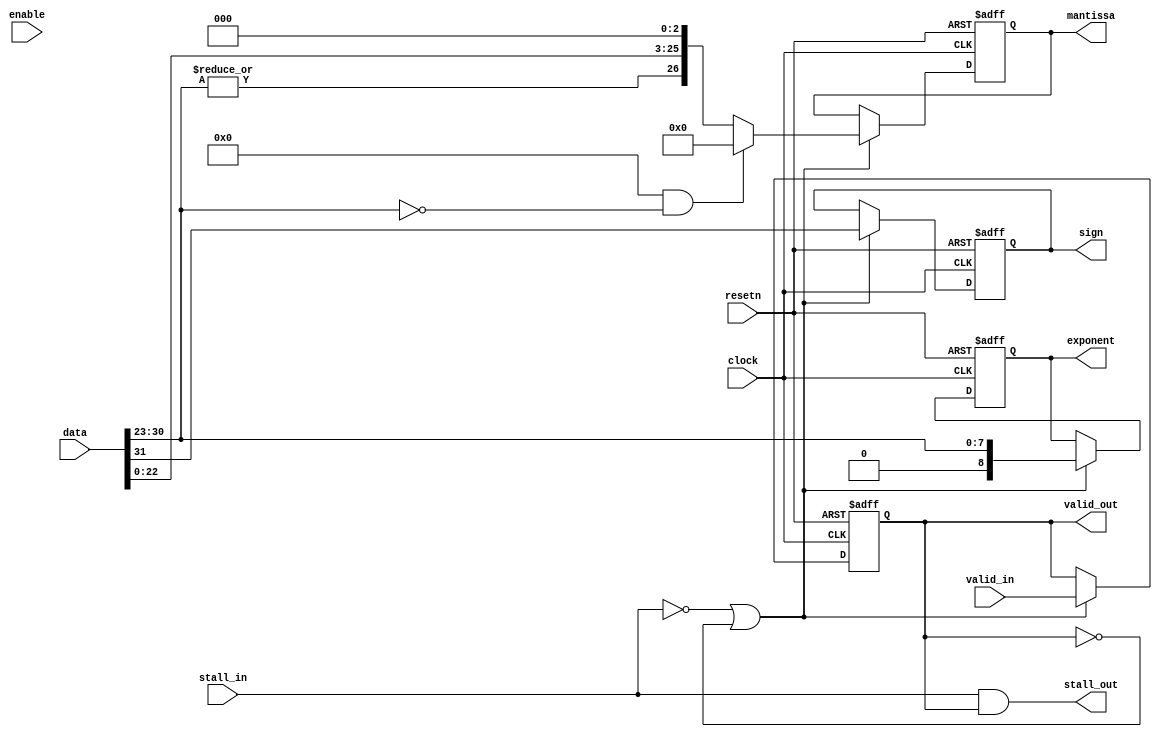
module acl_fp_convert_to_internal(clock, resetn, data, mantissa, exponent, sign, valid_in, valid_out, stall_in, stall_out, enable);
  // This module converts an IEEE 754 floating-point number representation to
  // internal format represented as 27-bit mantissa, 9 bit exponent and a sign.
  parameter HIGH_CAPACITY = 1;
  parameter HIGH_LATENCY = 1;
  parameter FLUSH_DENORMS = 0;
  parameter FINITE_MATH_ONLY = 1;    
  
  input clock, resetn;
  input [31:0] data;
  output [26:0] mantissa;
  output [8:0] exponent;
  output sign;
  
  input enable, valid_in, stall_in;
  output valid_out, stall_out;
  
  (* altera_attribute = "-name auto_shift_register_recognition OFF" *) reg c1_valid;
  wire c1_enable;
  wire c1_stall;
  
  // Cycle 1 - Convert from 32-bit representation to internal format
  assign c1_enable = (HIGH_CAPACITY ? (~c1_stall | ~c1_valid) : enable);
  assign stall_out = c1_stall & c1_valid;
  
  (* altera_attribute = "-name auto_shift_register_recognition OFF" *) reg [26:0] c1_mantissa;
  (* altera_attribute = "-name auto_shift_register_recognition OFF" *) reg [8:0] c1_exponent;
  (* altera_attribute = "-name auto_shift_register_recognition OFF" *) reg c1_sign;
  
  generate
  if (HIGH_LATENCY == 1)
  begin 
    always @(posedge clock or negedge resetn)
    begin
      if (~resetn)
      begin
        c1_mantissa <= 27'dx;
        c1_exponent <= 9'dx;
        c1_sign <= 1'bx;
        c1_valid  <= 1'b0;
      end
      else if (c1_enable)
      begin
        c1_valid <= valid_in;
        if ((FLUSH_DENORMS) && (data[30:23] == 8'd0))
          c1_mantissa <= 27'd0;
        else
          c1_mantissa <= {|data[30:23],data[22:0],3'd0};
      
        if (FINITE_MATH_ONLY == 0)
          c1_exponent <= {&data[30:23], data[30:23]};
        else
          c1_exponent <= {1'b0, data[30:23]};
        c1_sign <= data[31];
      end
    end
  end
  else
  begin 
    always @(*)
    begin
      c1_valid <= valid_in;
      if ((FLUSH_DENORMS) && (data[30:23] == 8'd0))
        c1_mantissa <= 27'd0;
      else
        c1_mantissa <= {|data[30:23],data[22:0],3'd0};
    
      if (FINITE_MATH_ONLY == 0)
        c1_exponent <= {&data[30:23], data[30:23]};
      else
        c1_exponent <= {1'b0, data[30:23]};
      c1_sign <= data[31];
    end
  end
  endgenerate  
  
  assign c1_stall = stall_in;
  assign valid_out = c1_valid;
  assign mantissa = c1_mantissa;
  assign exponent = c1_exponent;
  assign sign = c1_sign;
endmodule